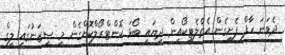
ދެވަނަ ހާފް ފެށިގެން އެތްލެޓިކޯއިން ދިޔައީ ބޯޅަ ކޮންޓްރޯލްކޮށްގެން މި ސީޒަނުގައި ލީގް